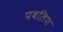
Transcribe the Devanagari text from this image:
पबलिश